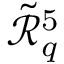
\mathcal { \tilde { R } } _ { q } ^ { 5 }